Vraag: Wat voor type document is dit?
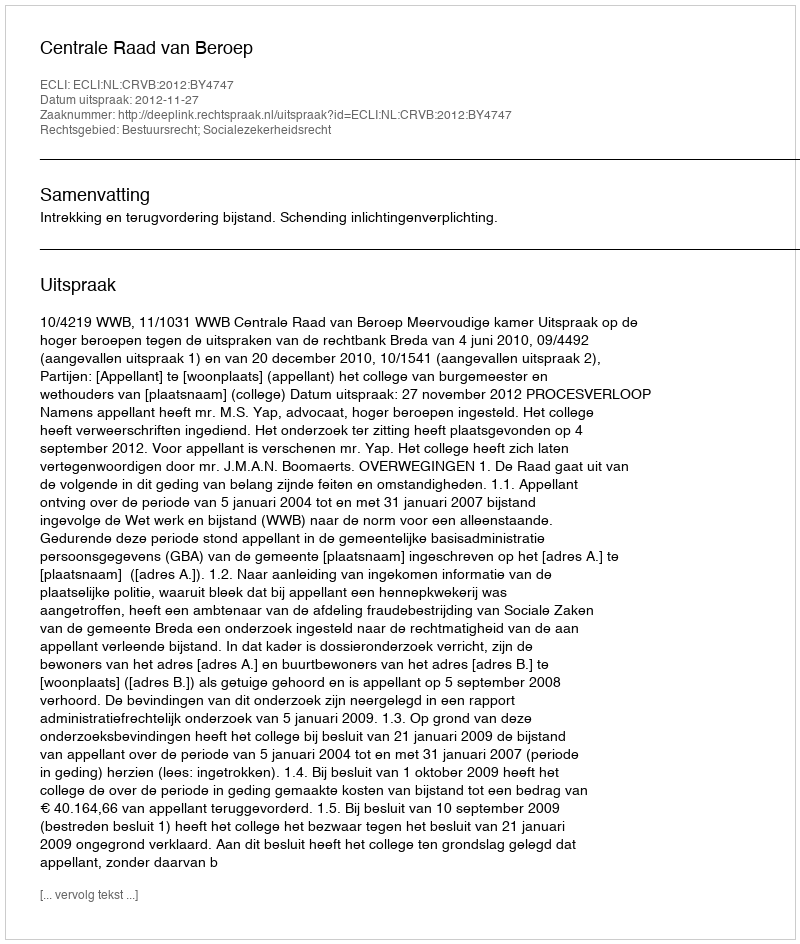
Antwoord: Uitspraak